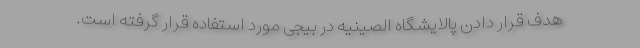
هدف قرار دادن پالایشگاه الصینیه در بیجی مورد استفاده قرار گرفته است.